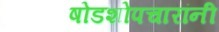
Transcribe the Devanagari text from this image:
षोडशोपचारांनी